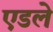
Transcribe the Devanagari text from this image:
एडले